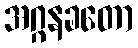
အဂ္ဂနခတော